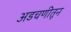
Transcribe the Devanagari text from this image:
अडचणीतून